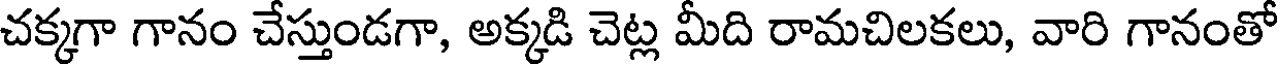
చక్కగా గానం చేస్తుండగా, అక్కడి చెట్ల మీది రామచిలకలు, వారి గానంతో